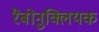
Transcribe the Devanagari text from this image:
रैबोनुक्लियक